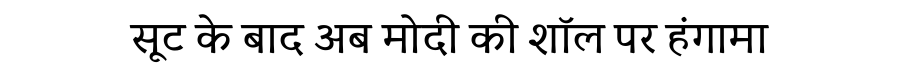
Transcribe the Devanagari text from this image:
सूट के बाद अब मोदी की शॉल पर हंगामा